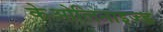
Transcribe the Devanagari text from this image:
केओलिनाइज्ड